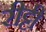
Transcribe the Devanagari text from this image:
रीट्टी